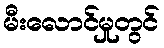
မီးလောင်မှုတွင်